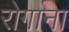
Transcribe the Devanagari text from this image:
रोगाना